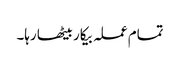
تمام عملہ بیکار بیٹھا رہا۔